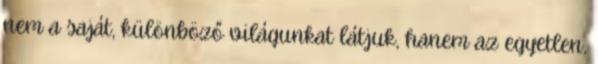
nem a saját, különböző világunkat látjuk, hanem az egyetlen,